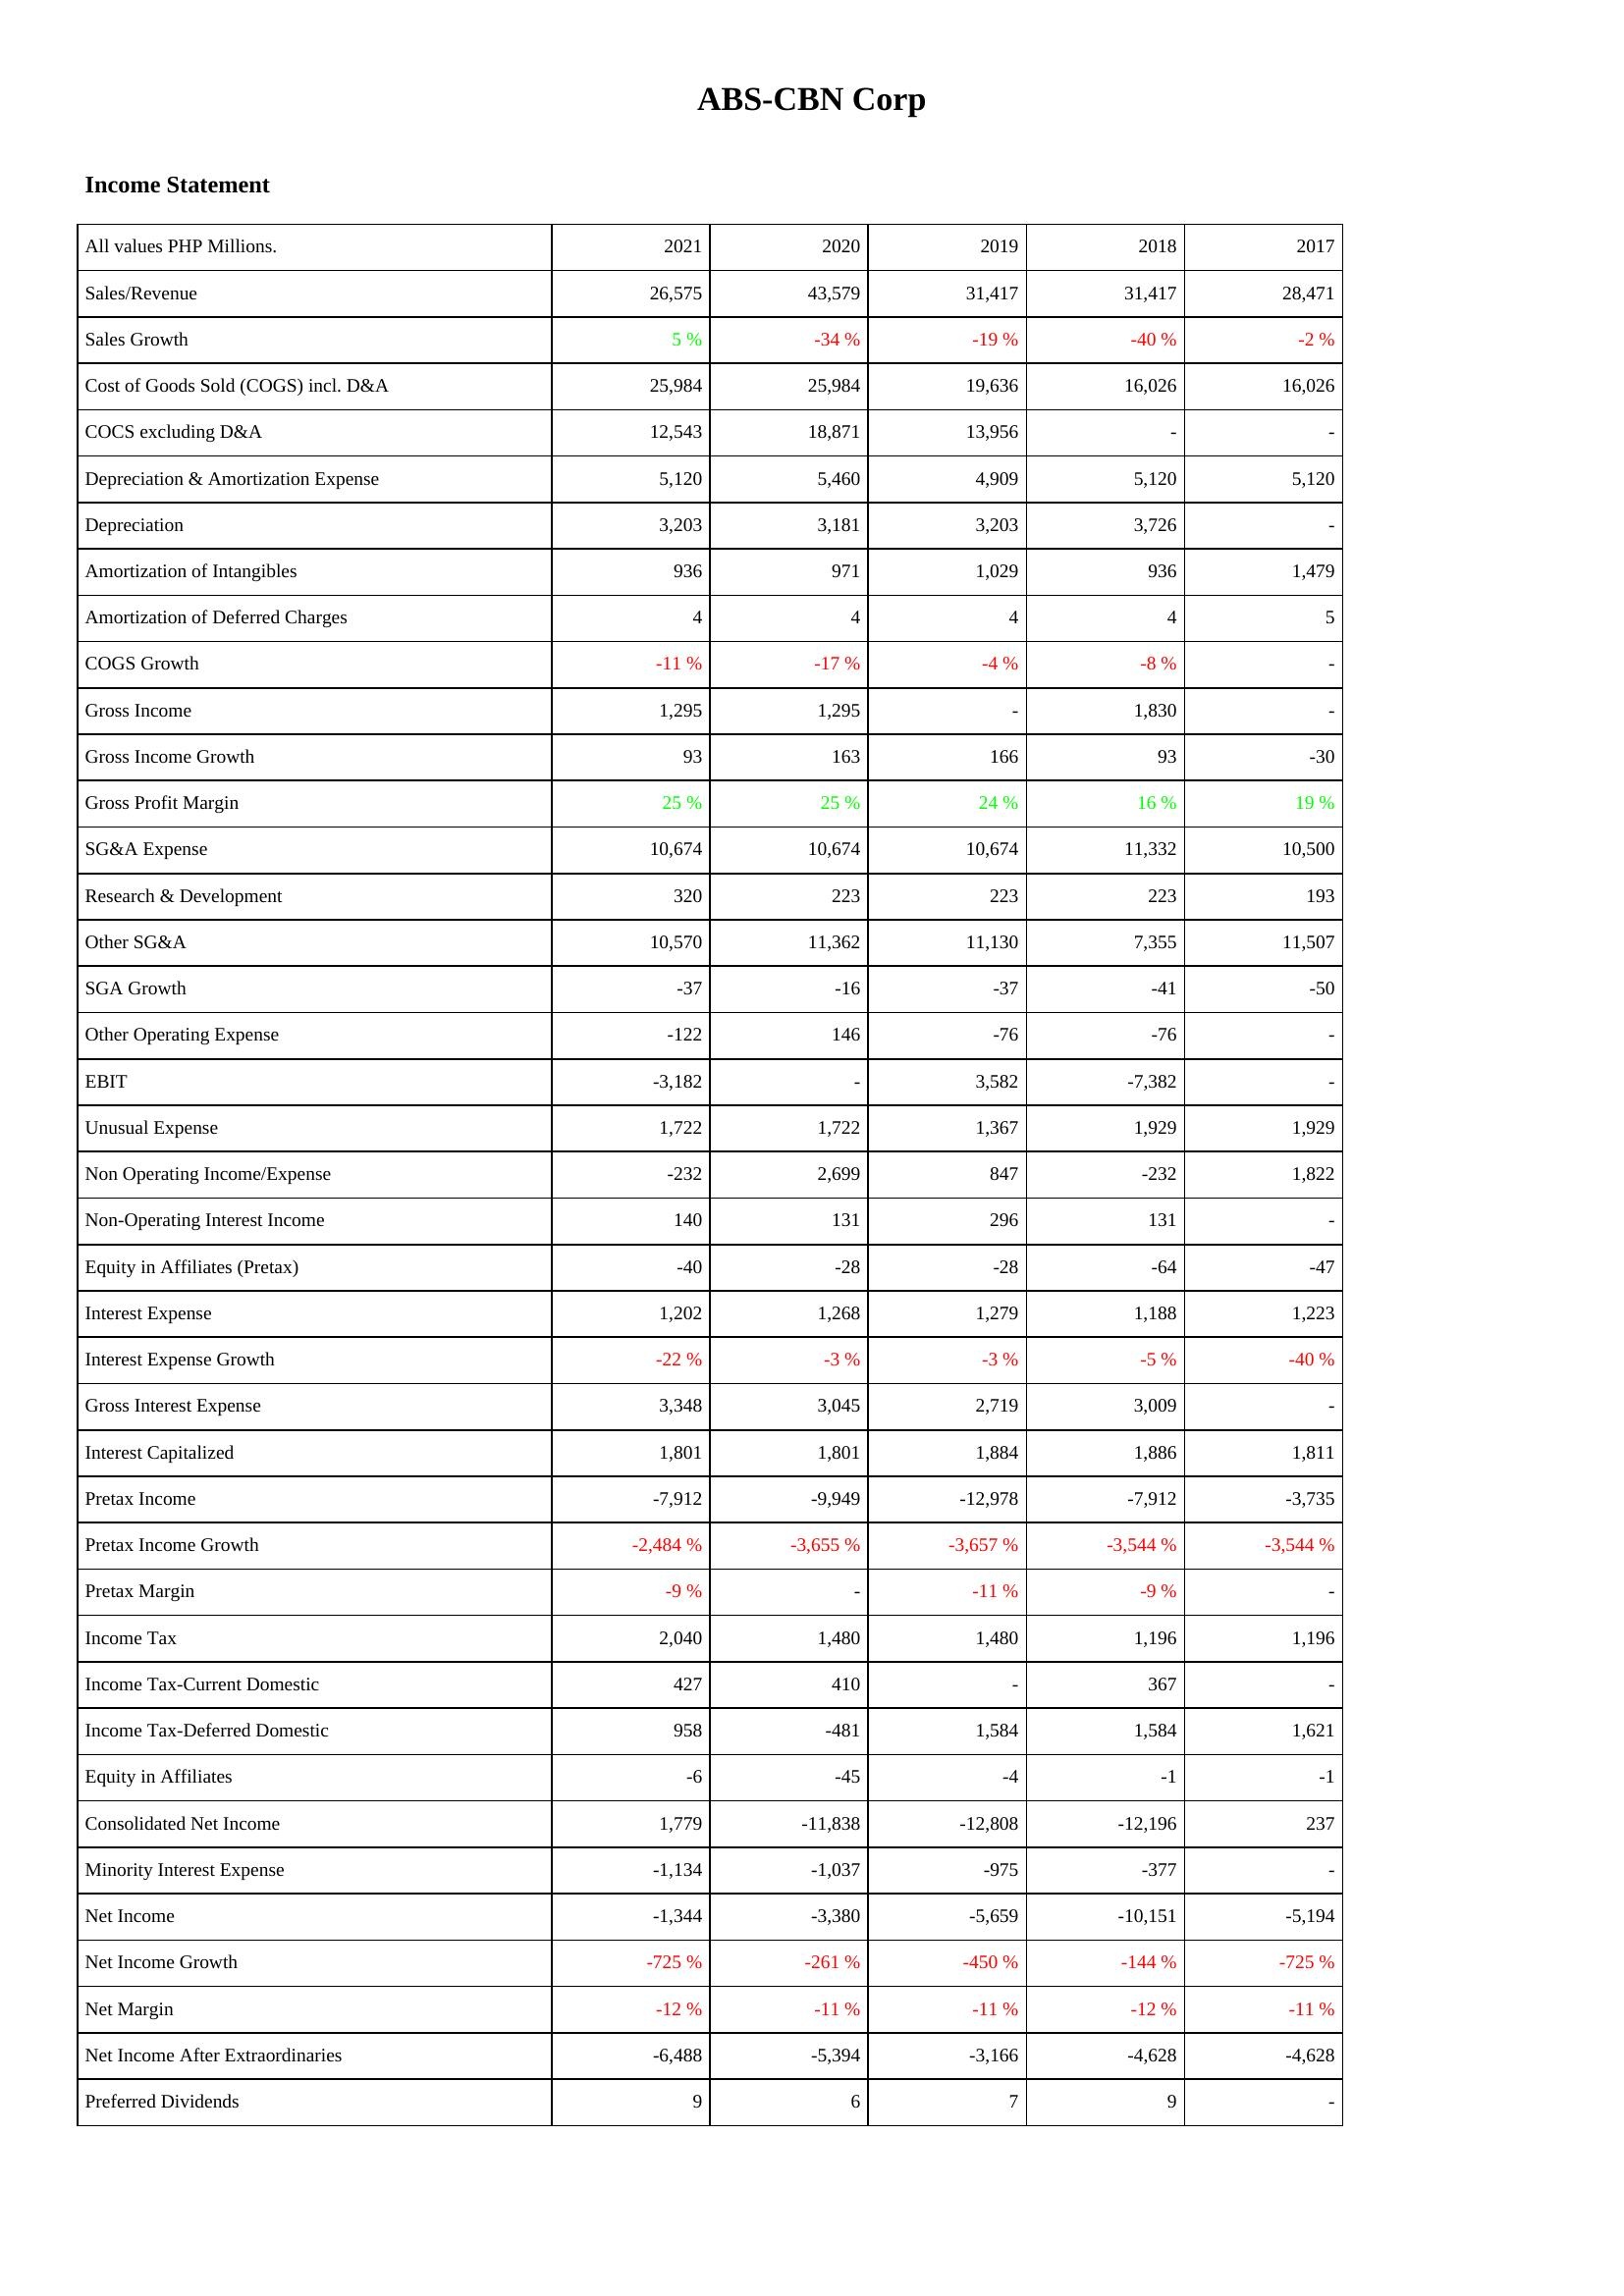
2021: Income Statement: Sales/Revenue: 26,575
Sales Growth: 5 %
Cost of Goods Sold (COGS) incl. D&A: 25,984
COCS excluding D&A: 12,543
Depreciation & Amortization Expense: 5,120
Depreciation: 3,203
Amortization of Intangibles: 936
Amortization of Deferred Charges: 4
COGS Growth: -11 %
Gross Income: 1,295
Gross Income Growth: 93
Gross Profit Margin: 25 %
SG&A Expense: 10,674
Research & Development: 320
Other SG&A: 10,570
SGA Growth: -37
Other Operating Expense: -122
EBIT: -3,182
Unusual Expense: 1,722
Non Operating Income/Expense: -232
Non-Operating Interest Income: 140
Equity in Affiliates (Pretax): -40
Interest Expense: 1,202
Interest Expense Growth: -22 %
Gross Interest Expense: 3,348
Interest Capitalized: 1,801
Pretax Income: -7,912
Pretax Income Growth: -2,484 %
Pretax Margin: -9 %
Income Tax: 2,040
Income Tax-Current Domestic: 427
Income Tax-Deferred Domestic: 958
Equity in Affiliates: -6
Consolidated Net Income: 1,779
Minority Interest Expense: -1,134
Net Income: -1,344
Net Income Growth: -725 %
Net Margin: -12 %
Net Income After Extraordinaries: -6,488
Preferred Dividends: 9
2020: Income Statement: Sales/Revenue: 43,579
Sales Growth: -34 %
Cost of Goods Sold (COGS) incl. D&A: 25,984
COCS excluding D&A: 18,871
Depreciation & Amortization Expense: 5,460
Depreciation: 3,181
Amortization of Intangibles: 971
Amortization of Deferred Charges: 4
COGS Growth: -17 %
Gross Income: 1,295
Gross Income Growth: 163
Gross Profit Margin: 25 %
SG&A Expense: 10,674
Research & Development: 223
Other SG&A: 11,362
SGA Growth: -16
Other Operating Expense: 146
EBIT: -
Unusual Expense: 1,722
Non Operating Income/Expense: 2,699
Non-Operating Interest Income: 131
Equity in Affiliates (Pretax): -28
Interest Expense: 1,268
Interest Expense Growth: -3 %
Gross Interest Expense: 3,045
Interest Capitalized: 1,801
Pretax Income: -9,949
Pretax Income Growth: -3,655 %
Pretax Margin: -
Income Tax: 1,480
Income Tax-Current Domestic: 410
Income Tax-Deferred Domestic: -481
Equity in Affiliates: -45
Consolidated Net Income: -11,838
Minority Interest Expense: -1,037
Net Income: -3,380
Net Income Growth: -261 %
Net Margin: -11 %
Net Income After Extraordinaries: -5,394
Preferred Dividends: 6
2019: Income Statement: Sales/Revenue: 31,417
Sales Growth: -19 %
Cost of Goods Sold (COGS) incl. D&A: 19,636
COCS excluding D&A: 13,956
Depreciation & Amortization Expense: 4,909
Depreciation: 3,203
Amortization of Intangibles: 1,029
Amortization of Deferred Charges: 4
COGS Growth: -4 %
Gross Income: -
Gross Income Growth: 166
Gross Profit Margin: 24 %
SG&A Expense: 10,674
Research & Development: 223
Other SG&A: 11,130
SGA Growth: -37
Other Operating Expense: -76
EBIT: 3,582
Unusual Expense: 1,367
Non Operating Income/Expense: 847
Non-Operating Interest Income: 296
Equity in Affiliates (Pretax): -28
Interest Expense: 1,279
Interest Expense Growth: -3 %
Gross Interest Expense: 2,719
Interest Capitalized: 1,884
Pretax Income: -12,978
Pretax Income Growth: -3,657 %
Pretax Margin: -11 %
Income Tax: 1,480
Income Tax-Current Domestic: -
Income Tax-Deferred Domestic: 1,584
Equity in Affiliates: -4
Consolidated Net Income: -12,808
Minority Interest Expense: -975
Net Income: -5,659
Net Income Growth: -450 %
Net Margin: -11 %
Net Income After Extraordinaries: -3,166
Preferred Dividends: 7
2018: Income Statement: Sales/Revenue: 31,417
Sales Growth: -40 %
Cost of Goods Sold (COGS) incl. D&A: 16,026
COCS excluding D&A: -
Depreciation & Amortization Expense: 5,120
Depreciation: 3,726
Amortization of Intangibles: 936
Amortization of Deferred Charges: 4
COGS Growth: -8 %
Gross Income: 1,830
Gross Income Growth: 93
Gross Profit Margin: 16 %
SG&A Expense: 11,332
Research & Development: 223
Other SG&A: 7,355
SGA Growth: -41
Other Operating Expense: -76
EBIT: -7,382
Unusual Expense: 1,929
Non Operating Income/Expense: -232
Non-Operating Interest Income: 131
Equity in Affiliates (Pretax): -64
Interest Expense: 1,188
Interest Expense Growth: -5 %
Gross Interest Expense: 3,009
Interest Capitalized: 1,886
Pretax Income: -7,912
Pretax Income Growth: -3,544 %
Pretax Margin: -9 %
Income Tax: 1,196
Income Tax-Current Domestic: 367
Income Tax-Deferred Domestic: 1,584
Equity in Affiliates: -1
Consolidated Net Income: -12,196
Minority Interest Expense: -377
Net Income: -10,151
Net Income Growth: -144 %
Net Margin: -12 %
Net Income After Extraordinaries: -4,628
Preferred Dividends: 9
2017: Income Statement: Sales/Revenue: 28,471
Sales Growth: -2 %
Cost of Goods Sold (COGS) incl. D&A: 16,026
COCS excluding D&A: -
Depreciation & Amortization Expense: 5,120
Depreciation: -
Amortization of Intangibles: 1,479
Amortization of Deferred Charges: 5
COGS Growth: -
Gross Income: -
Gross Income Growth: -30
Gross Profit Margin: 19 %
SG&A Expense: 10,500
Research & Development: 193
Other SG&A: 11,507
SGA Growth: -50
Other Operating Expense: -
EBIT: -
Unusual Expense: 1,929
Non Operating Income/Expense: 1,822
Non-Operating Interest Income: -
Equity in Affiliates (Pretax): -47
Interest Expense: 1,223
Interest Expense Growth: -40 %
Gross Interest Expense: -
Interest Capitalized: 1,811
Pretax Income: -3,735
Pretax Income Growth: -3,544 %
Pretax Margin: -
Income Tax: 1,196
Income Tax-Current Domestic: -
Income Tax-Deferred Domestic: 1,621
Equity in Affiliates: -1
Consolidated Net Income: 237
Minority Interest Expense: -
Net Income: -5,194
Net Income Growth: -725 %
Net Margin: -11 %
Net Income After Extraordinaries: -4,628
Preferred Dividends: -